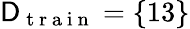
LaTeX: \mathsf{D}_{\mathrm{~t~r~a~i~n~}}=\{ 13\}